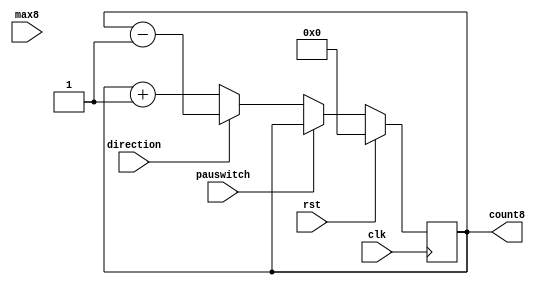
`timescale 1ns / 1ps
module task1(clk, rst, direction, max8, pauswitch, count8);

input clk,rst;
input direction;
input wire [7:0]max8;				
input pauswitch;		
output reg [7:0] count8;
assign max8[7:0]=8'b11111111;
always @(posedge clk)
begin
   
    if(rst==1)
        begin
            count8 <= 0;
        end
    else
        begin
            if(pauswitch==1)
	           begin
		          count8 = count8;
	           end
            else
		       begin
		          if(direction==0)
			         begin
				        count8 = count8+1;
				            if(count8==max8)
					           begin
                                    count8=count8;
                                end
			         end
    		      else if(direction==1)
			         begin
				        count8 = count8-1;
				            if(count8==0)
				                begin
				                    count8=count8;
				                end
			         end
               end
	     end
   
end

endmodule